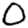
Digit: 0